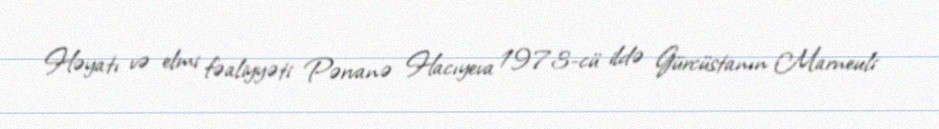
Həyatı və elmi fəaliyyəti Pərvanə Hacıyeva 1973-cü ildə Gürcüstanın Marneuli